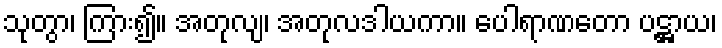
သုတွာ၊ ကြား၍။ အတုလျ၊ အတုလဒါယကာ။ ပေါရာဏတော ပဋ္ဌာယ၊